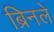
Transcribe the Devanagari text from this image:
ब्रिनले